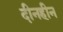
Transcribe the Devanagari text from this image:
दीनहीन